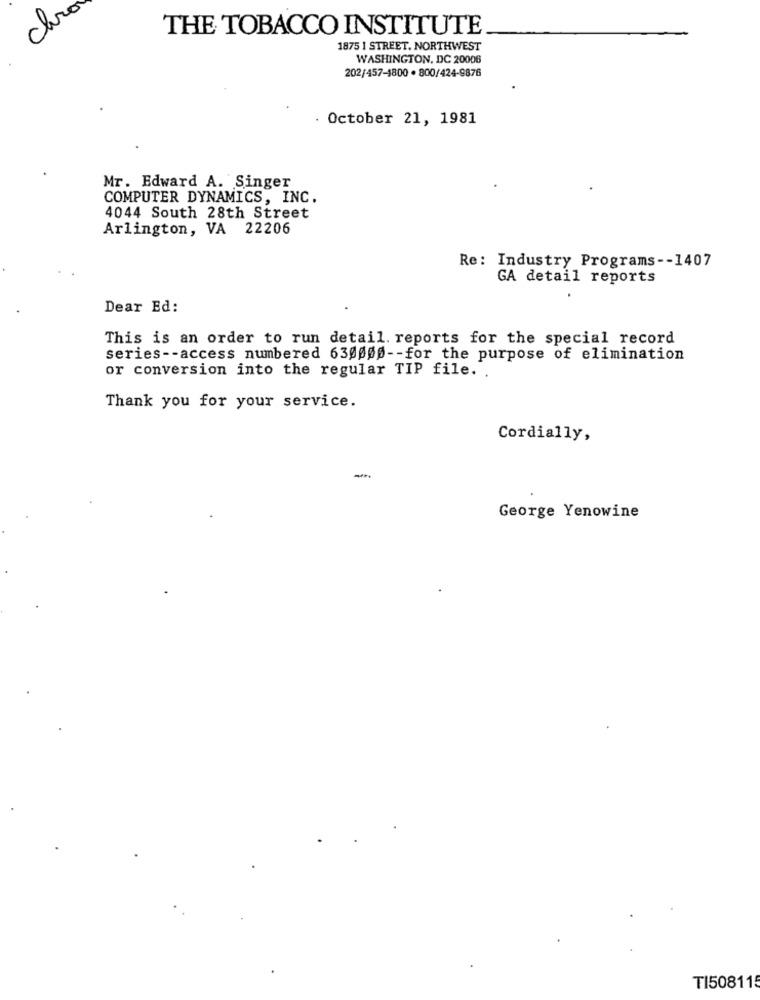
ch
THE TOBACCO INSTITUTE
1875 I STREET. NORTHWEST
WASHINGTON, DC 20006
202/457-1800 · 800/424-9876
October 21, 1981
Mr. Edward A. Singer
COMPUTER DYNAMICS, INC.
4044 South 28th Street
Arlington, VA 22206
Re: Industry Programs -- 1407
GA detail reports
Dear Ed:
This is an order to run detail. reports for the special record
series -- access numbered 630000 -- for the purpose of elimination
or conversion into the regular TIP file. .
Thank you for your service.
Cordially,
-
George Yenowine
TI508115